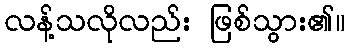
လန့်သလိုလည်း ဖြစ်သွား၏။